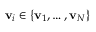
\mathbf { v } _ { i } \in \{ \mathbf { v } _ { 1 } , \ldots , \mathbf { v } _ { N } \}